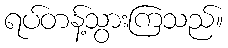
ရပ်တန့်သွားကြသည်။